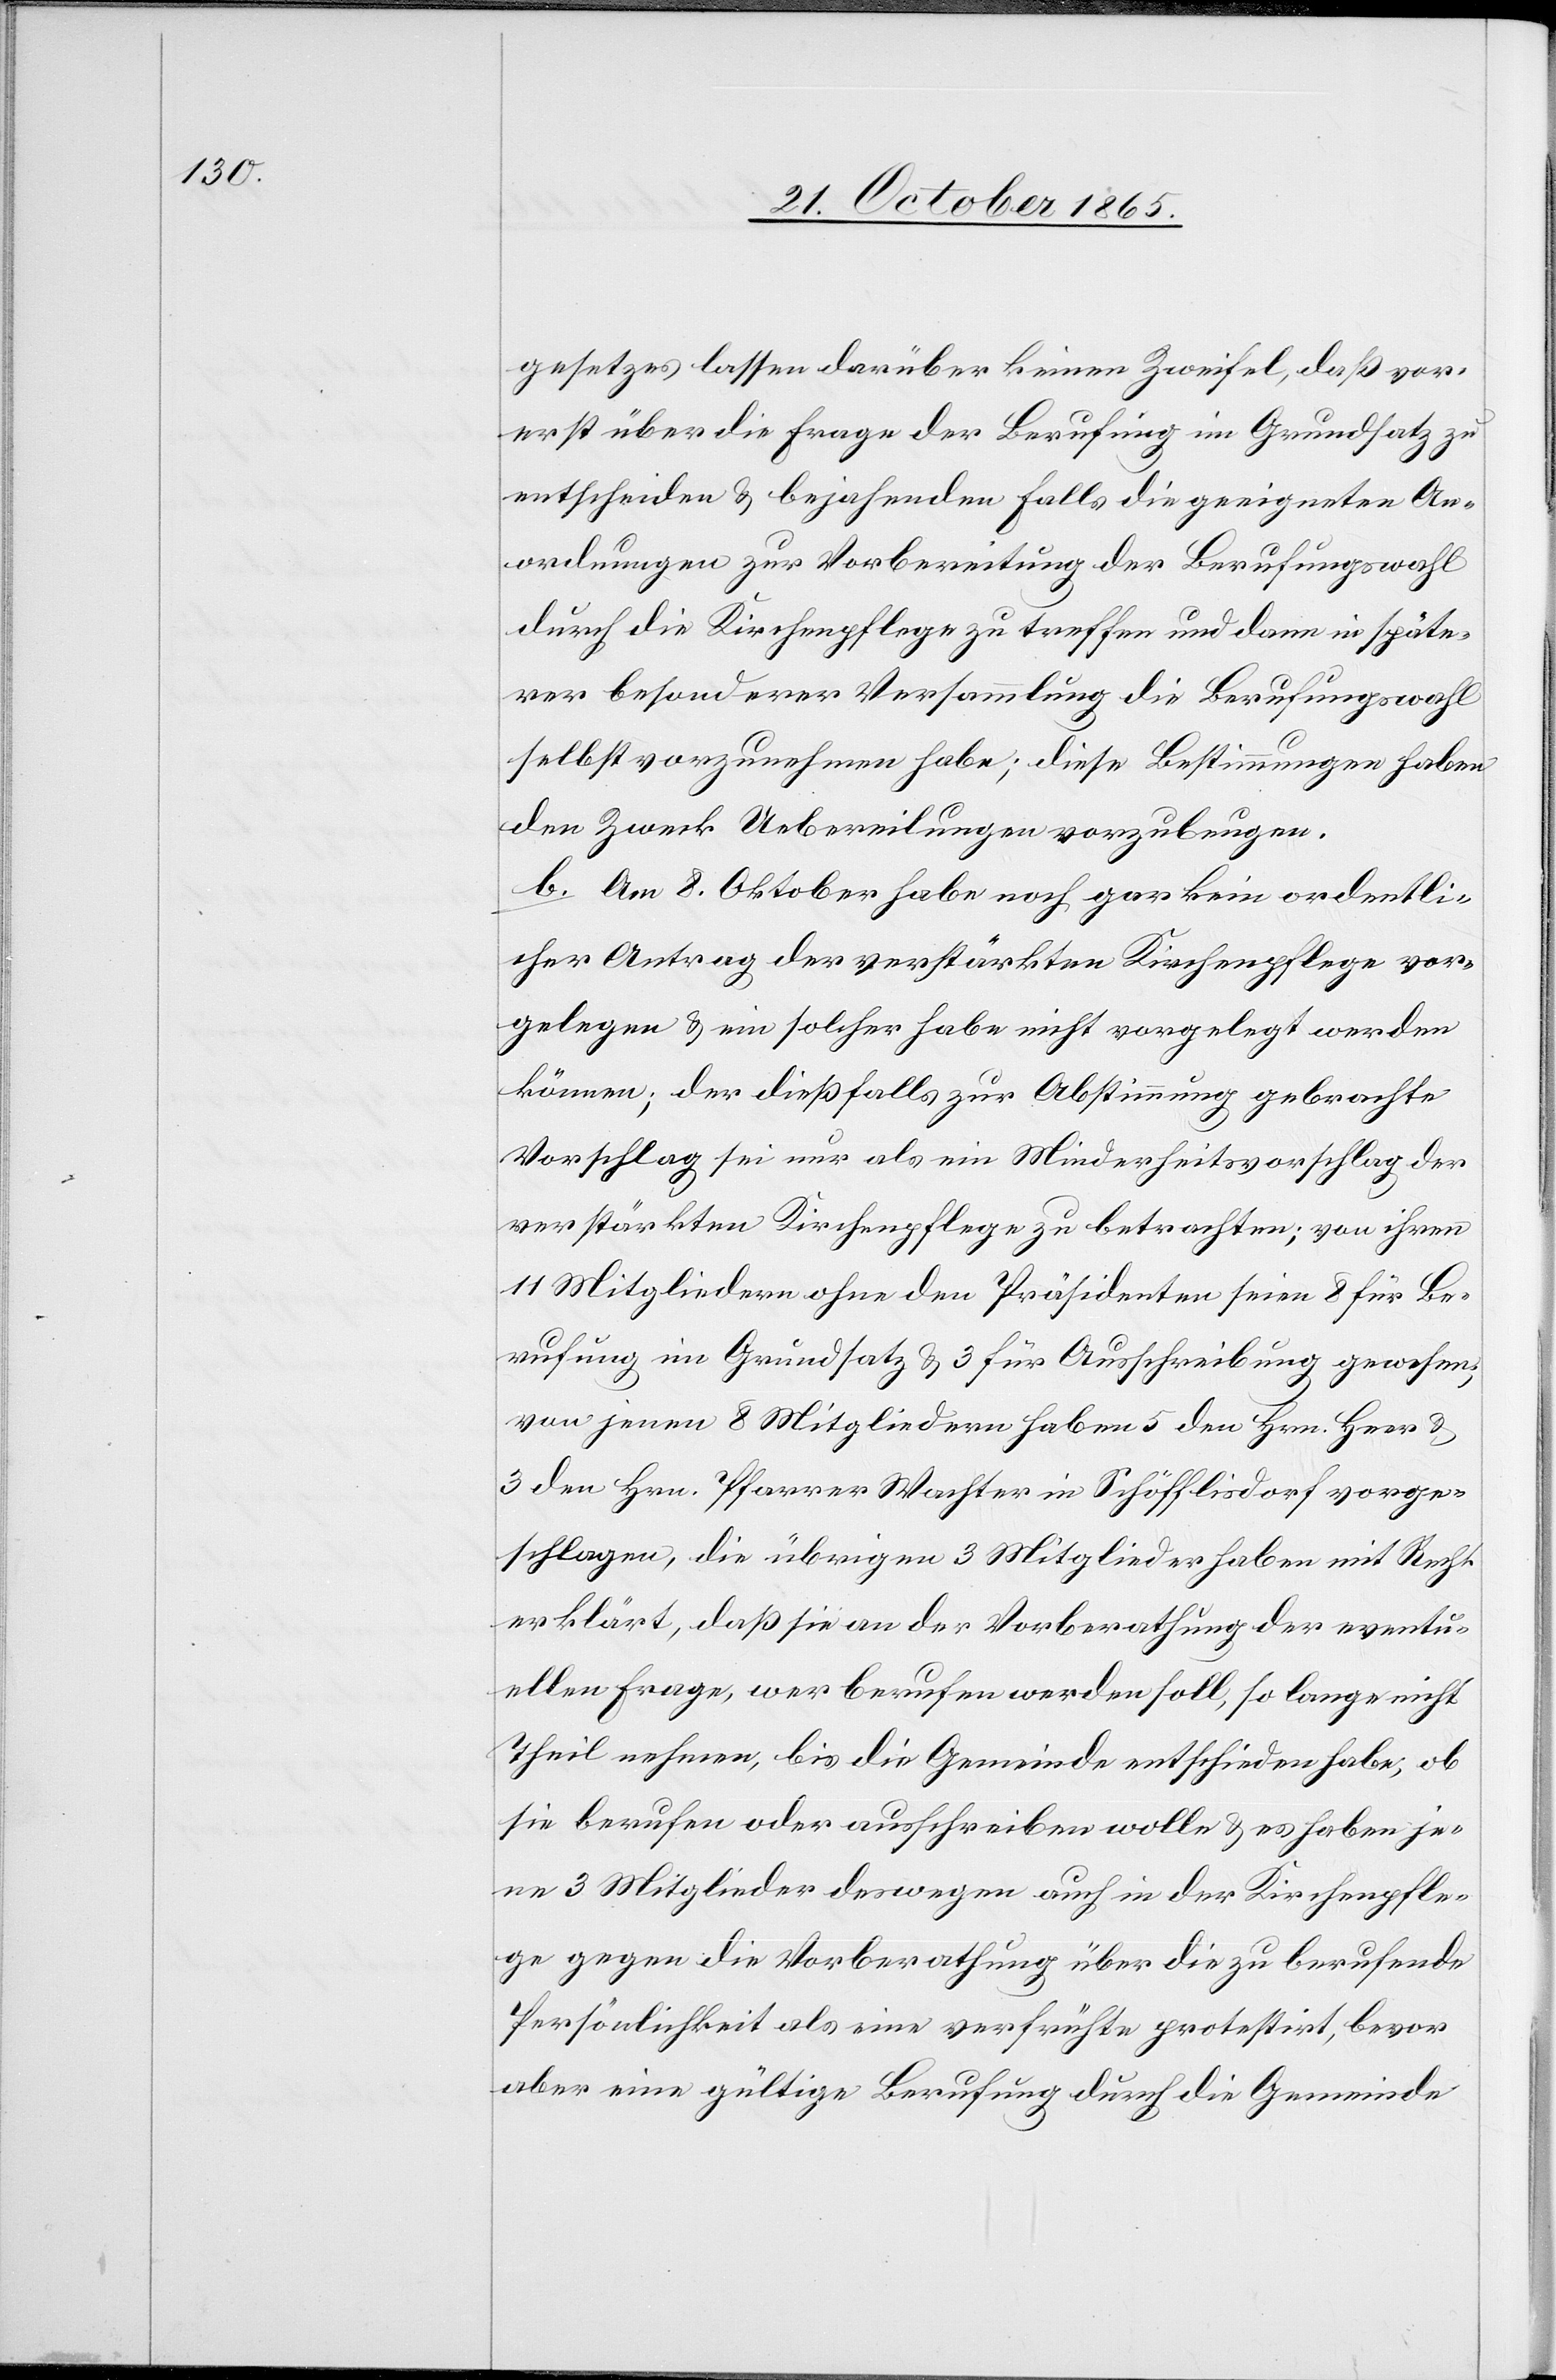
gesetzes lassen darüber keinen Zweifel, daß vor¬
erst über die Frage der Berufung im Grundsatz zu
entscheiden & bejahenden Falls die geeigneten An¬
ordnungen zur Vorbereitung der Berufungswahl
durch die Kirchenpflege zu treffen und dann in späte¬
rer besonderer Versammlung die Berufungswahl
selbst vorzunehmen habe [sic!]; diese Bestimmungen haben
den Zweck Uebereilungen vorzubeugen.
b. Am 8. Oktober habe noch gar kein ordentli¬
cher Antrag der verstärkten Kirchenpflege vor¬
gelegen & ein solcher habe nicht vorgelegt werden
können; der dießfalls zur Abstimmung gebrachte
Vorschlag sei nur als ein Minderheitsvorschlag der
verstärkten Kirchenpflege zu betrachten; von ihren
11 Mitgliedern ohne den Präsidenten seien 8 für Be¬
rufung im Grundsatz & 3 für Ausschreibung gewesen;
von jenen 8 Mitgliedern haben 5 den Hrn. Heer &
3 den Hrn. Pfarrer Wachter in Schöfflisdorf vorge¬
schlagen, die übrigen 3 Mitglieder haben mit Recht
erklärt, daß sie an der Vorberathung der eventu¬
ellen Frage, wer berufen werden soll, so lange nicht
Theil nehmen, bis die Gemeinde entschieden habe, ob
sie berufen oder ausschreiben wolle & es haben je¬
ne 3 Mitglieder deswegen auch in der Kirchenpfle¬
ge gegen die Vorberathung über die zu berufende
Persönlichkeit als eine verfrühte protestirt, bevor
aber eine gültige Berufung durch die Gemeinde